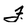
Character: F